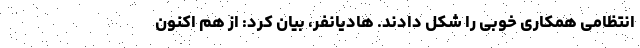
انتظامی همکاری خوبی را شکل دادند. هادیانفر، بیان کرد: از هم اکنون